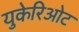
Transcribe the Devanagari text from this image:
युकेरिओट